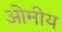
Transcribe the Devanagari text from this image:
ओमीय